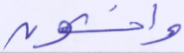
واخشون